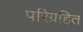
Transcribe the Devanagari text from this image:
परिग्रहित